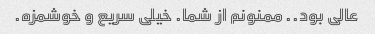
عالی بود.. ممنونم از شما. خیلی سریع و خوشمزه.